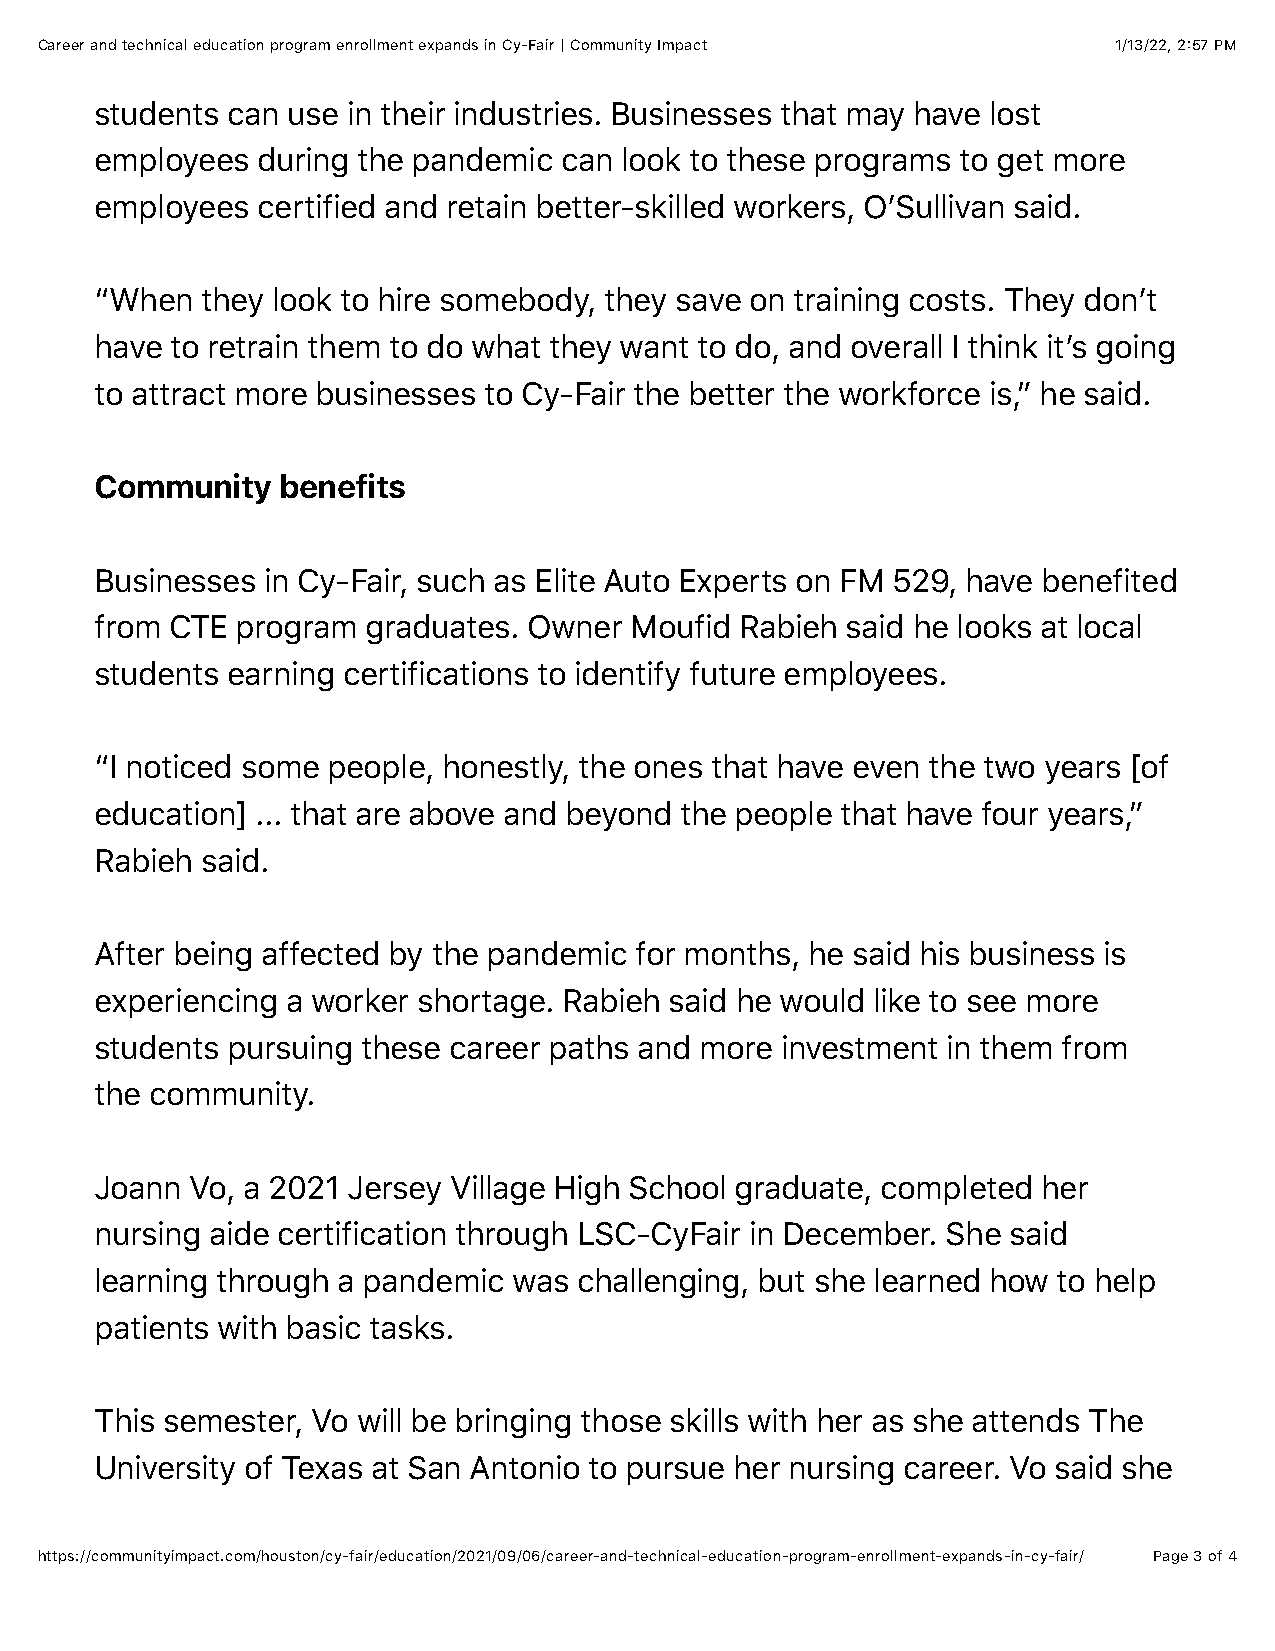
Career and technical education program enrollment expands in Cy-Fair | Community Impact 1/13/22, 2:57 PM
 students can use in their industries. Businesses that may have lost
 employees  during the pandemic can look to these programs to get more
 employees  certified and retain better-skilled workers, O’Sullivan said.
 “When  they look to hire somebody, they save on training costs. They don’t
 have to retrain them to do what they want to do, and overall I think it’s going
 to attract more businesses to Cy-Fair the better the workforce is,” he said.
 Community   benefits
 Businesses in Cy-Fair, such as Elite Auto Experts on FM 529, have benefited
 from CTE  program graduates. Owner  Moufid Rabieh said he looks at local
 students earning certifications to identify future employees.
 “I noticed some people, honestly, the ones that have even the two years [of
 education] ... that are above and beyond the people that have four years,”
 Rabieh said.
 After being affected by the pandemic for months, he said his business is
 experiencing a worker shortage. Rabieh said he would like to see more
 students pursuing these career paths and more investment in them from
 the community.
 Joann  Vo, a 2021 Jersey Village High School graduate, completed her
 nursing aide certification through LSC-CyFair in December. She said
 learning through a pandemic was challenging, but she learned how to help
 patients with basic tasks.
 This semester, Vo will be bringing those skills with her as she attends The
 University of Texas at San Antonio to pursue her nursing career. Vo said she
 https://communityimpact.com/houston/cy-fair/education/2021/09/06/career-and-technical-education-program-enrollment-expands-in-cy-fair/ Page 3 of 4